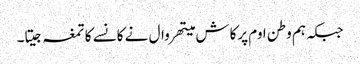
جبکہ ہم وطن اوم پرکاش میتھروال نے کانسے کا تمغہ جیتا۔